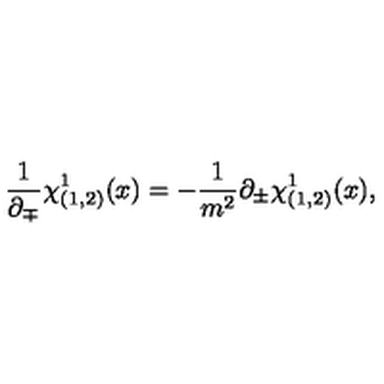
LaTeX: \frac { 1 } { \partial _ { \mp } } \chi _ { ( 1 , 2 ) } ^ { 1 } ( x ) = - \frac { 1 } { m ^ { 2 } } \partial _ { \pm } \chi _ { ( 1 , 2 ) } ^ { 1 } ( x ) ,